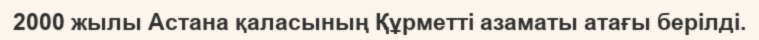
2000 жылы Астана қаласының Құрметті азаматы атағы берілді.